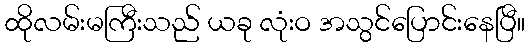
ထိုလမ်းမကြီးသည် ယခု လုံးဝ အသွင်ပြောင်းနေပြီ။